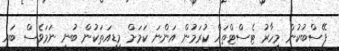
ފޭސްބުކުން މިހާރު ޓެސްޓްތައް ކުރަމުން އަންނަ ކަމަށް މީޑިއަތަކުން ބުނި ނަމަވެސް ބައި